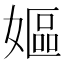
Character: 嫗